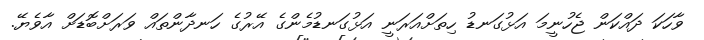
ވާހަކަ ދައްކަން ޖެހުނީމަ އަޅުގަނޑު ހިތަށްއަރަނީ އަޅުގަނޑުމެންގެ އޭރުގެ ހަނދާންތައް ވަރަށްބޮޑަށް އާވެޔޭ.